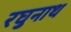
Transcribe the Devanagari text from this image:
रघुनाथ